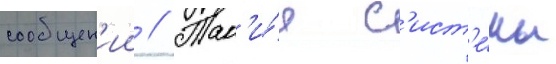
сообщен'ии // Так'и́е с'ист'е́мы